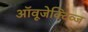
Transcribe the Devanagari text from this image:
ऑवूजेक्टिव्ज